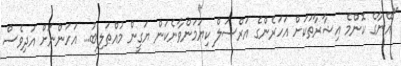
"އޭނާގެ ކޮންމެ އިޝާރާތަކަށް އަހަރެންގެ އަރްސަލް ކިޔަމަންވާނެކަން ޔަގީން މުއްޠަލިބު... އަހަންނަށް އަދިވެސް